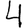
Digit: 4